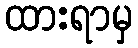
ထားရာမှ